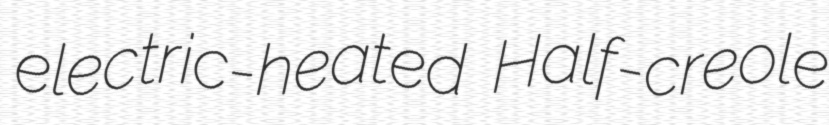
electric-heated Half-creole